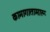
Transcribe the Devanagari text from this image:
कामागातामारू